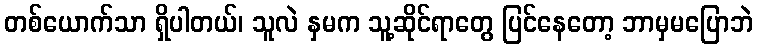
တစ်ယောက်သာ ရှိပါတယ်၊ သူလဲ နှမက သူ့ဆိုင်ရာတွေ ပြင်နေတော့ ဘာမှမပြောဘဲ